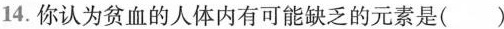
14.你认为贫血的人体内有可能缺乏的元素是( )